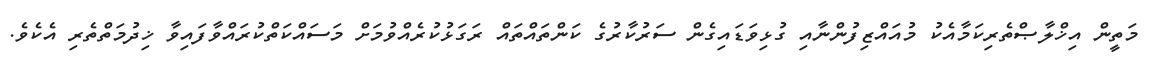
މަތީން އިޚްލާޞްތެރިކަމާއެކު މުއައްޒިފުންނާއި ގުޅިވަޑައިގެން ސަރުކާރުގެ ކަންތައްތައް ރަގަޅުކުރެއްވުމަށް މަސައްކަތްކުރައްވާފައިވާ ޚިދުމަތްތެރި އެކެވެ.